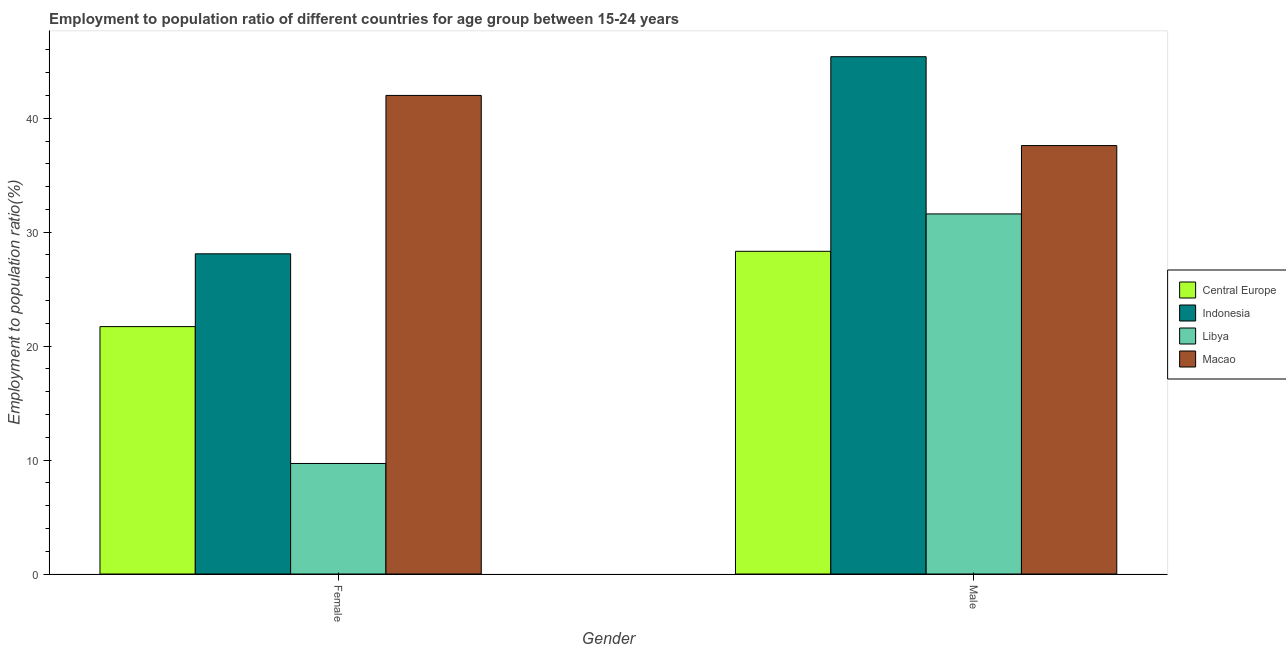
| Gender | Central Europe | Indonesia | Libya | Macao |
 | --- | --- | --- | --- | --- |
 | Female | 21.7 | 28.1 | 9.7 | 42 |
 | Male | 28.3 | 45.4 | 31.6 | 37.6 |